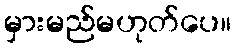
မှားမည်မဟုတ်ပေ။